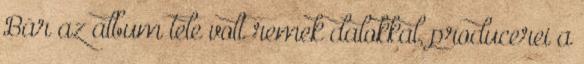
Bár az album tele volt remek dalokkal, producerei a